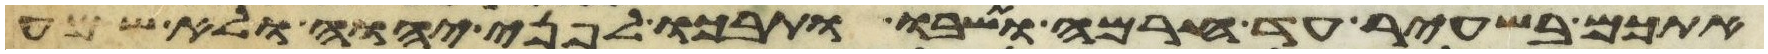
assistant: אתכם בשעיר עד חרמה ותשבו ותבכו לפני יהוה ולא שמע